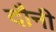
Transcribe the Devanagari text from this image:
दौनी